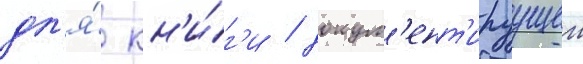
дл'я́ кн'и́г'и / докум'ент'ируущеи